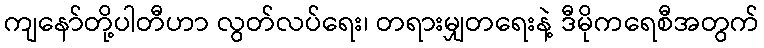
ကျနော်တို့ပါတီဟာ လွတ်လပ်ရေး၊ တရားမျှတရေးနဲ့ ဒီမိုကရေစီအတွက်